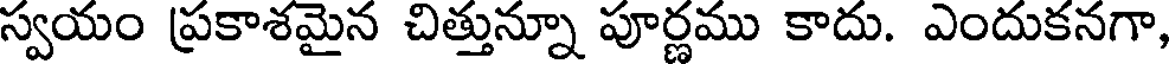
స్వయం ప్రకాశమైన చిత్తున్నూ పూర్ణము కాదు. ఎందుకనగా,